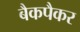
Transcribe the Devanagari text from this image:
बैकपैकर